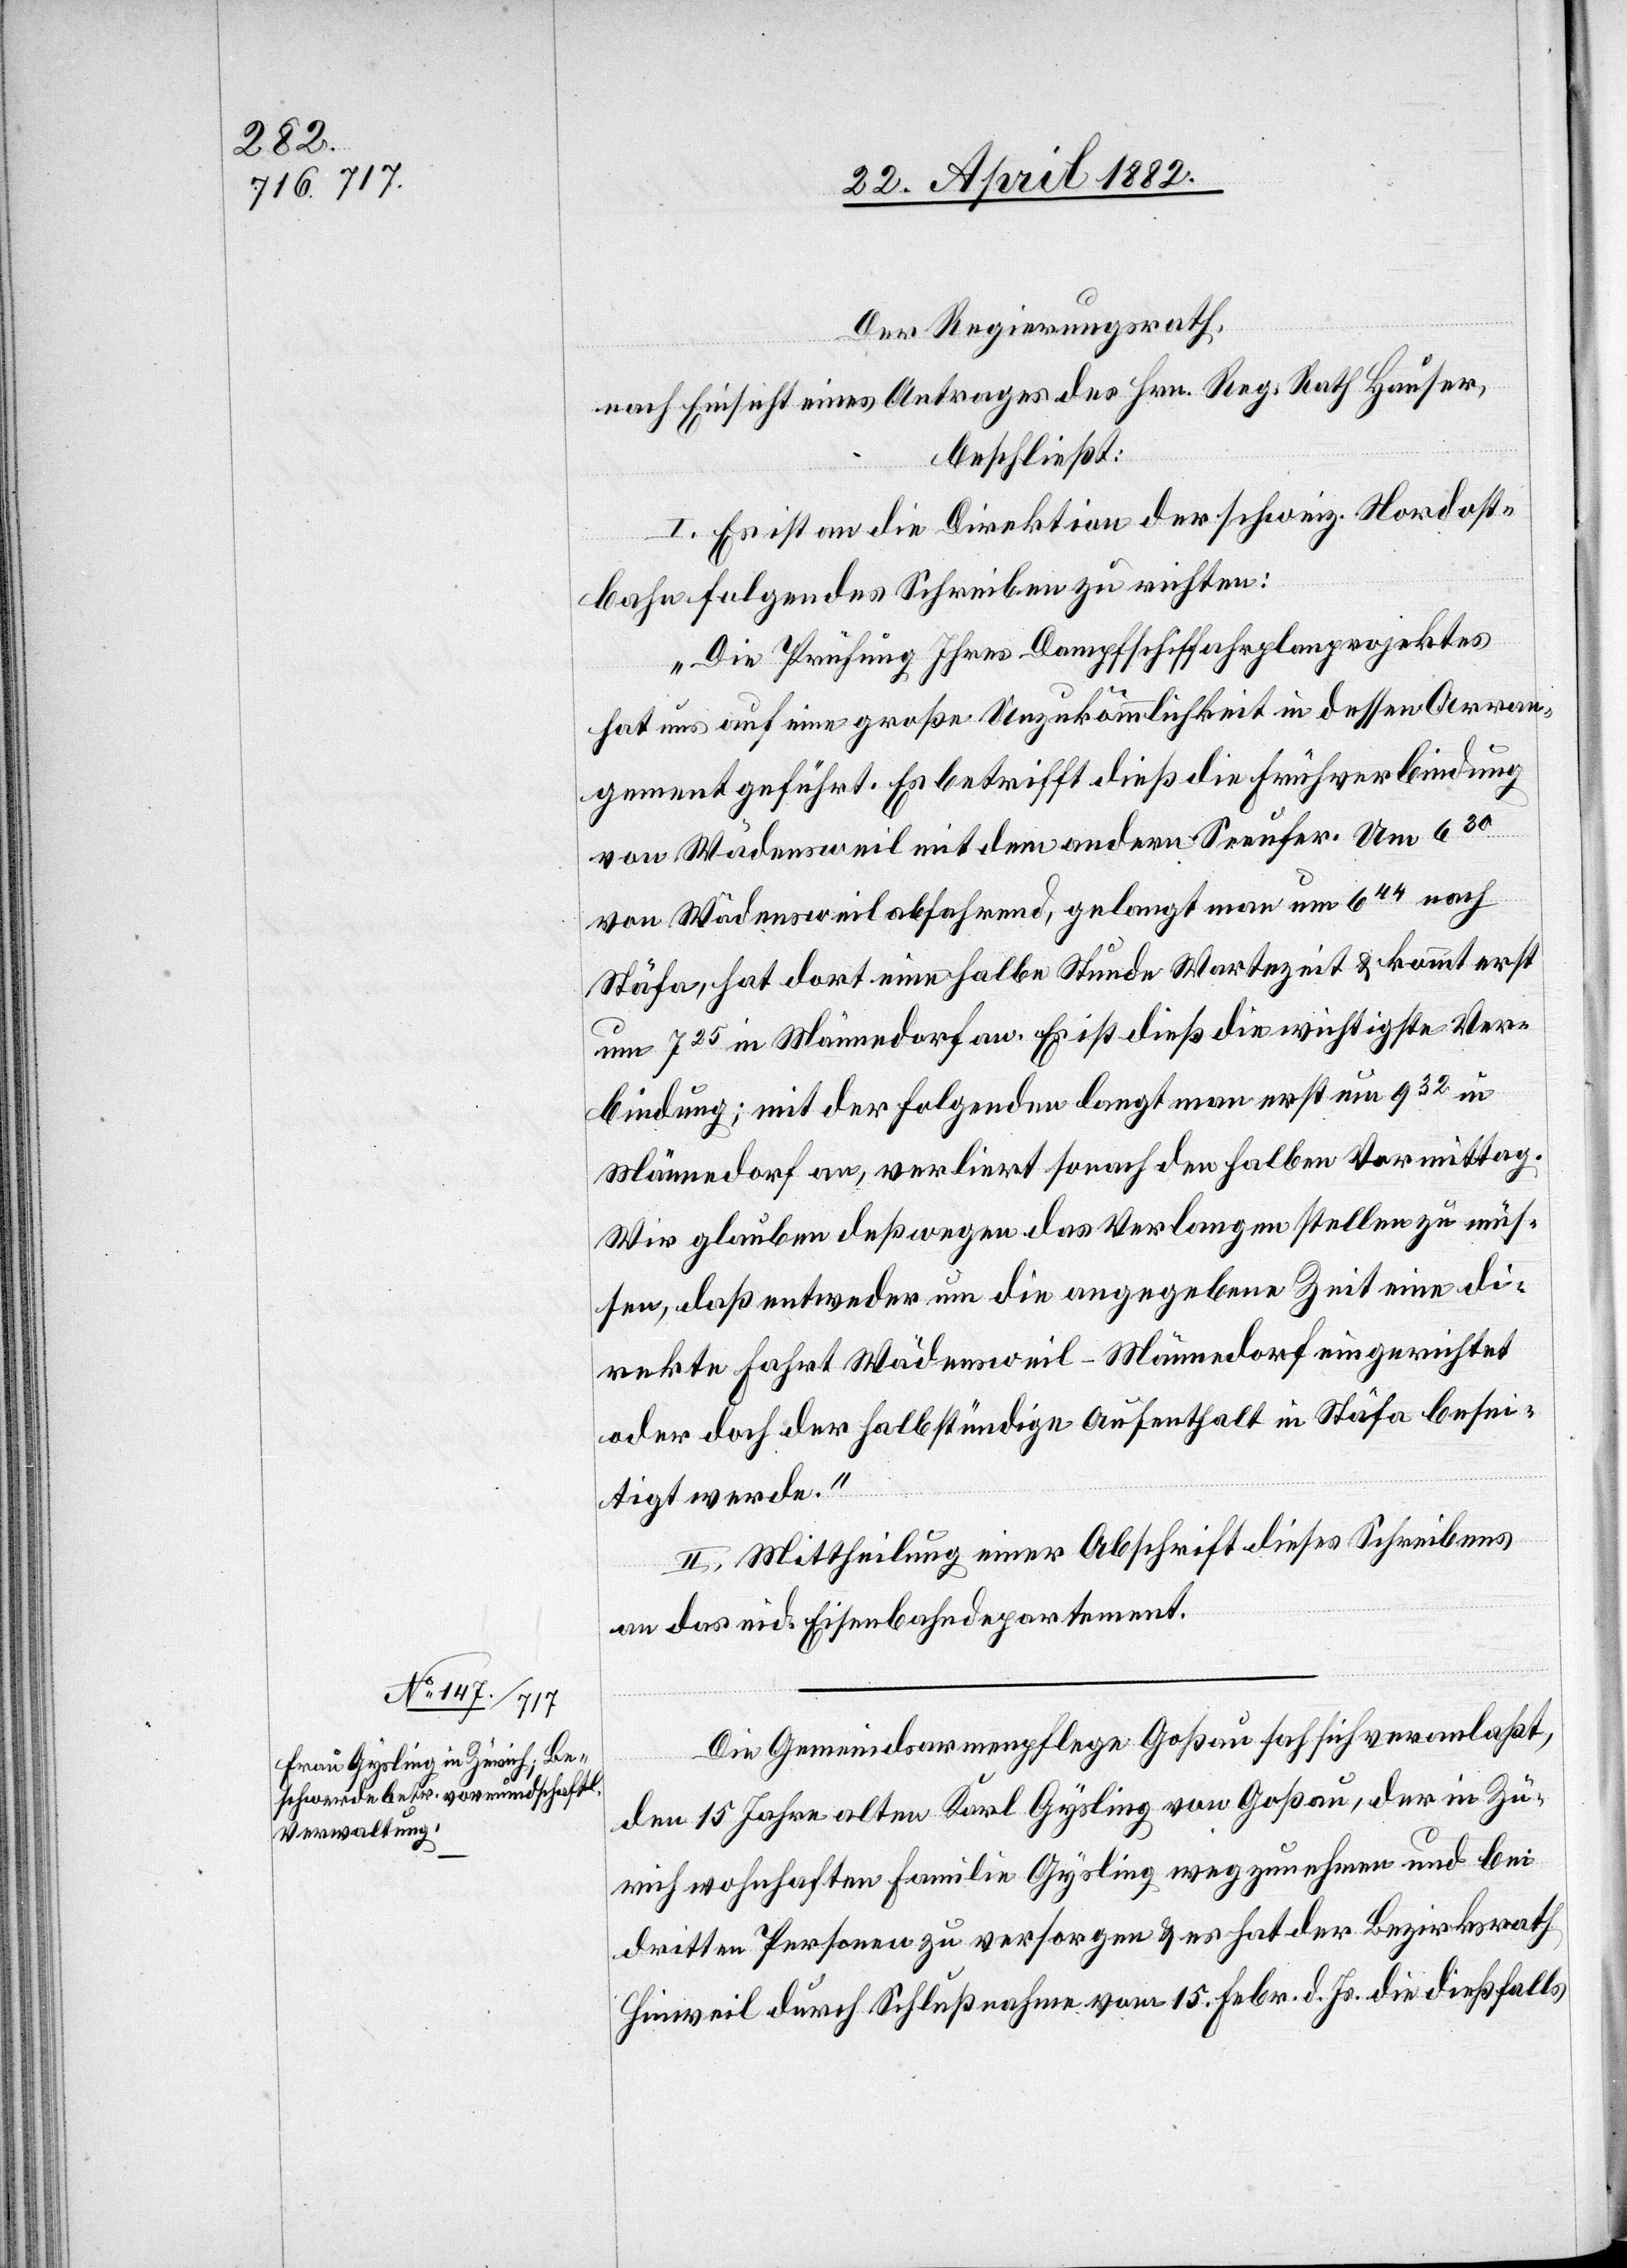
Der Regierungsrath,
nach Einsicht eines Antrages des Hrn. Reg. Rath Hauser,
beschließt:
I. es ist an die Direktion der schweiz. Nordost¬
bahn folgendes Schreiben zu richten:
„Die Prüfung Ihres Dampfschiffahrplanprojektes
hat uns auf eine große Unzukömmlichkeit in dessen Arran¬
gement geführt. Es betrifft dieß die Frühverbindung
von Wädensweil mit dem andern Seeufer. Um 630
von Wädensweil abfahrend, gelangt man um 644 nach
Stäfa, hat dort eine halbe Stunde Wartezeit & kommt erst
um 725 in Männedorf an. Es ist dieß die wichtigste Ver¬
bindung; mit der Folgenden langt man erst um 932 in
Männedorf an, verliert sonach den halben Vormittag.
Wir glauben, deßwegen das Verlangen stellen zu müs¬
sen, daß entweder um die angegebene Zeit eine di¬
rekte Fahrt Wädensweil–Männedorf eingerichtet
oder doch der halbstündige Aufenthalt in Stäfa besei¬
tigt werde.“
II. Mittheilung einer Abschrift dieses Schreibens
an das eid. Eisenbahndepartement.
Die Gemeindsarmenpflege Goßau sah sich veranlaßt,
den 15 Jahre alten Karl Gysling von Goßau, der in Zü¬
rich wohnhaften Familie Gysling wegzunehmen und bei
dritten Personen zu versorgen & es hat der Bezirksrath
Hinweil durch Schlußnahme vom 15. Febr. d. Js. die dießfalls